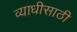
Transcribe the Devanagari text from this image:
व्याधीसाठी